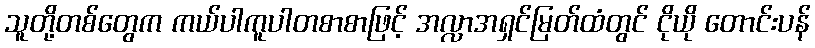
သူတို့တစ်တွေက ကယ်ပါကူပါတစာစာဖြင့် အလ္လာအရှင်မြတ်ထံတွင် ငိုယို တောင်းပန်